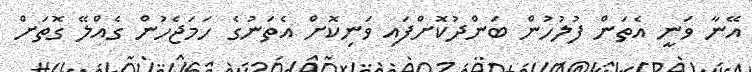
އޭނާ ވަނީ އެތަން ފުލުހުން ބަންދުކޮށްފައި ވަނިކޮށް އެތަނުގެ ހަމަޖެހުން ގެއްލޭ ގޮތަށް